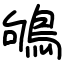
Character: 鴝